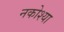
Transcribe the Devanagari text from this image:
नकोश्या